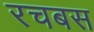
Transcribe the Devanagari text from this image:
रचबस